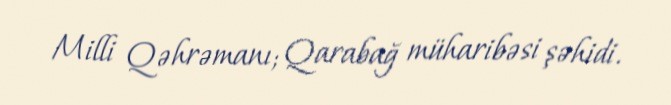
Milli Qəhrəmanı; Qarabağ müharibəsi şəhidi.